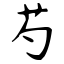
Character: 芍